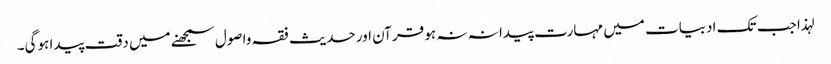
لہذا جب تک ادبیات میں مہارت پیدا نہ نہ ہو قرآن اور حدیث فقہ واصول سمجھنے میں دقت پیدا ہوگی۔